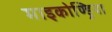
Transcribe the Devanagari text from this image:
माइकोण्ड्रिया